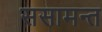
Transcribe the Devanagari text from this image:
ससामन्त